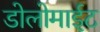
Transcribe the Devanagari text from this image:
डोलोमाईट